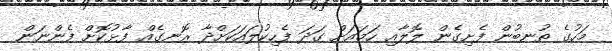
މަހުގެ ތުނބުން ފެށިގެން ލޮލާއި ހަމައަށް ގަދަ ފެހިކުލައަކަށްދާ ރޮނގެއް ފާޅުކޮށް ފެންނަން